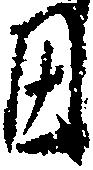
田